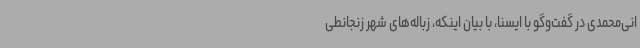
انی‌محمدی در گفت‌وگو با ایسنا، با بیان اینکه، زباله‌های شهر زنجانطی